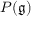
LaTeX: P ( { \mathfrak { g } } )